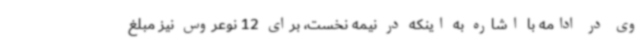
وی در ادامه با اشاره به اینکه در نیمه نخست، برای 12 نوعروس نیز مبلغ